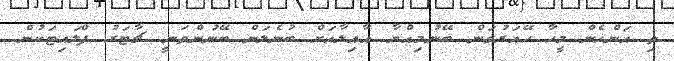
ތި އަންހެން މީހާ ހޭއަރުވަން ބޭނުމިއްޔާ އާއިލާއަށް ބުނެލަން ބޭނުންވަނީ ޗާޓަރު ފްލައިޓަކުން